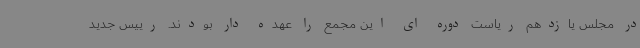
در مجلس یازدهم ریاست دوره ای این مجمع را عهده دار بودند. رییس جدید